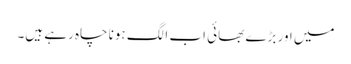
میں اور بڑے بھائی اب الگ ہونا چاہ رہے ہیں۔